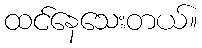
ထင်နေသေးတယ်။